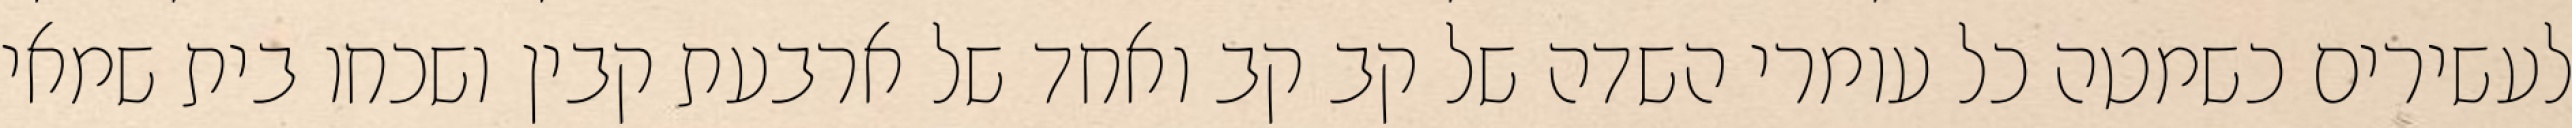
לעשירים כשמטה כל עומרי השדה של קב קב ואחד של ארבעת קבין ושכחו בית שמאי